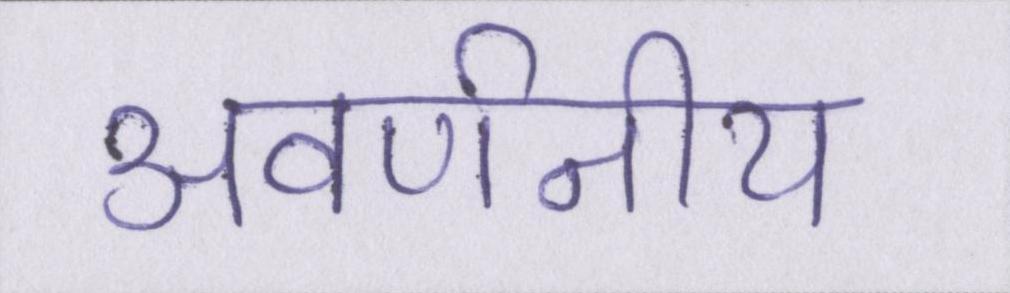
अवर्णनीय